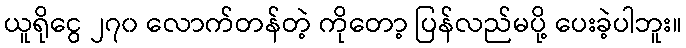
ယူရိုငွေ ၂၇၀ လောက်တန်တဲ့ ကိုတော့ ပြန်လည်မပို့ ပေးခဲ့ပါဘူး။